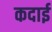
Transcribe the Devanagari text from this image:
कदाई